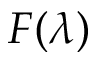
F ( \lambda )